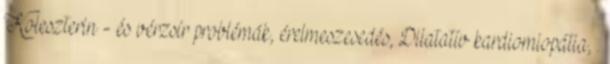
Koleszterin - és vérzsír problémák, érelmeszesedés, Dilatatív kardiomiopátia, .